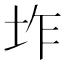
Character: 𭎌